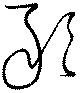
敢